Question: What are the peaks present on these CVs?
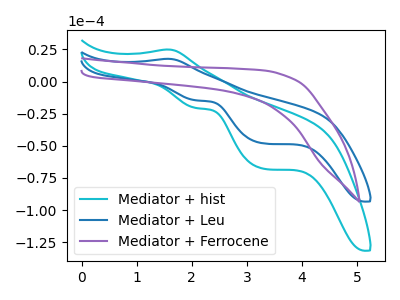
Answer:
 <answer>The cyan curve "Mediator + hist" has an anodic peak at (1.60V, 25.00uA) and cathodic peaks at (2.10V, -20.60uA) (3.30V, -67.85uA). The blue curve "Mediator + Leu" has an anodic peak at (1.60V, 17.70uA) and cathodic peaks at (2.10V, -14.60uA) (3.30V, -48.15uA). The purple curve "Mediator + Ferrocene" has no peaks.</answer>
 <eval></eval>